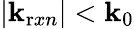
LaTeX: |\mathbf{k}_{\mathrm{{r}}xn}|<\mathbf{k}_{\mathrm{{0}}}